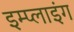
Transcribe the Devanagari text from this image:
इम्प्‍लाइंग